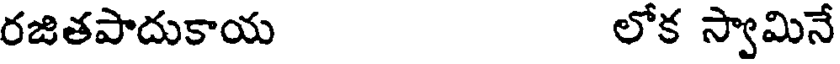
రజితపాదుకాయ లోక స్వామినే